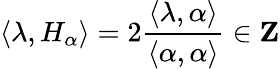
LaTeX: \langle\lambda,H_{\alpha}\rangle=2{\frac{\langle\lambda,\alpha\rangle}{\langle\alpha,\alpha\rangle}}\in\mathbf{Z}